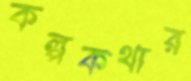
কল্পকথার